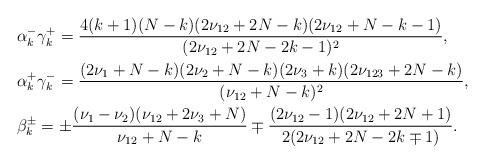
LaTeX: \begin{align*} &\alpha^-_{k} \gamma_k^+ = \frac{4(k+1)(N-k)(2\nu_{12}+2N-k)(2\nu_{12}+N-k-1)}{(2\nu_{12}+2N-2k-1)^2},\\&\alpha^+_{k} \gamma_k^- = \frac{(2\nu_1+N-k)(2\nu_2+N-k)(2\nu_3+k)(2\nu_{123}+2N-k)}{(\nu_{12}+N-k)^2},\\&\beta^\pm_k= \pm \frac{(\nu_1-\nu_2)(\nu_{12}+2\nu_3+N)}{\nu_{12}+N-k} \mp \frac{(2\nu_{12}-1)(2\nu_{12}+2N+1)}{2(2\nu_{12}+2N-2k\mp 1)}.\end{align*}